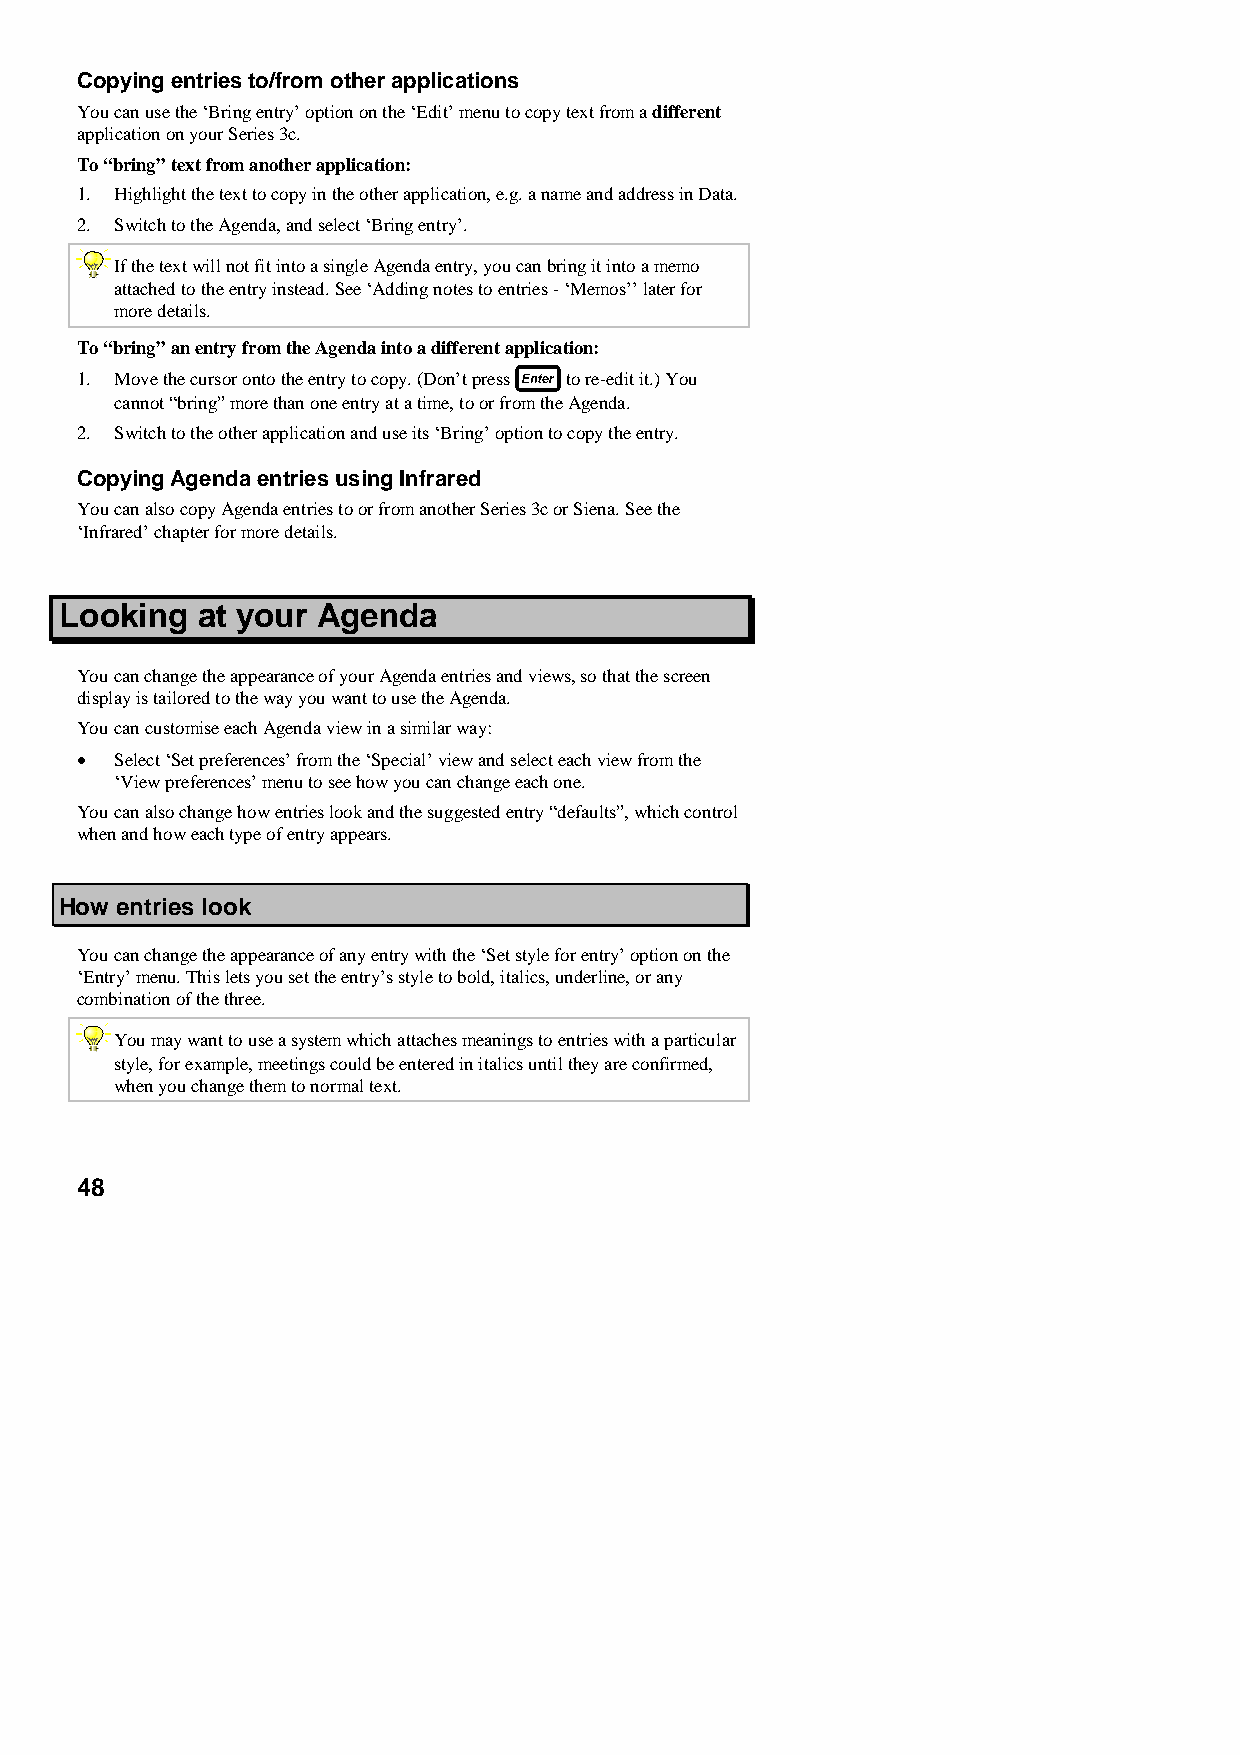
Copying entries to/from other applications
 You can use the ‘Bring entry’ option on the ‘Edit’ menu to copy text from a different
 application on your Series 3c.
 To “bring” text from another application:
 1. Highlight the text to copy in the other application, e.g. a name and address in Data.
 2. Switch to the Agenda, and select ‘Bring entry’.
 If the text will not fit into a single Agenda entry, you can bring it into a memo
 attached to the entry instead. See ‘Adding notes to entries - ‘Memos’’ later for
 more details.
 To “bring” an entry from the Agenda into a different application:
 1. Move the cursor onto the entry to copy. (Don’t press to re-edit it.) You
 cannot “bring” more than one entry at a time, to or from the Agenda.
 2. Switch to the other application and use its ‘Bring’ option to copy the entry.
 Copying Agenda entries using Infrared
 You can also copy Agenda entries to or from another Series 3c or Siena. See the
 ‘Infrared’ chapter for more details.
 Looking  at your Agenda
 You can change the appearance of your Agenda entries and views, so that the screen
 display is tailored to the way you want to use the Agenda.
 You can customise each Agenda view in a similar way:
 •  Select ‘Set preferences’ from the ‘Special’ view and select each view from the
 ‘View preferences’ menu to see how you can change each one.
 You can also change how entries look and the suggested entry “defaults”, which control
 when and how each type of entry appears.
 How entries look
 You can change the appearance of any entry with the ‘Set style for entry’ option on the
 ‘Entry’ menu. This lets you set the entry’s style to bold, italics, underline, or any
 combination of the three.
 You may want to use a system which attaches meanings to entries with a particular
 style, for example, meetings could be entered in italics until they are confirmed,
 when you change them to normal text.
 48